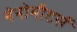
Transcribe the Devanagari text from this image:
नेनोमीटर्स